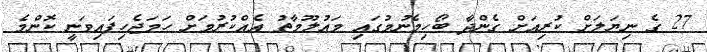
27 ގެ ނިޔަލަށް ކުރިއަށް ގެންދާ ބޯހިމެނުމުގައި މައުލޫމާތު އެއްކުރުމަށް ހަމަޖެހިފައިވަނީ ކޮންމެ